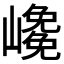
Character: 𡽡